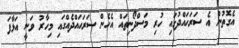
އެގޮތުން އެ ސަރަހައްދުގައި ހުރި މަސްދޯނިތައް އެހެން ސަރަހައްދެއްގައި މިހާރު ވަނީ އަޅާފަ